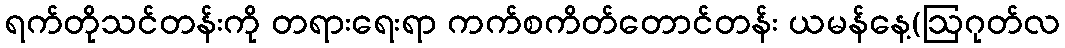
ရက်တိုသင်တန်းကို တရားရေးရာ ကက်စကိတ်တောင်တန်း ယမန်နေ့(ဩဂုတ်လ